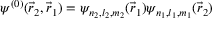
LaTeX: \psi ^ { ( 0 ) } ( { \vec { r } } _ { 2 } , { \vec { r } } _ { 1 } ) = \psi _ { n _ { 2 } , l _ { 2 } , m _ { 2 } } ( { \vec { r } } _ { 1 } ) \psi _ { n _ { 1 } , l _ { 1 } , m _ { 1 } } ( { \vec { r } } _ { 2 } )